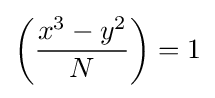
\left({\frac {x^{3}-y^{2}}{N}}\right)=1